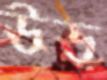
ঊড়